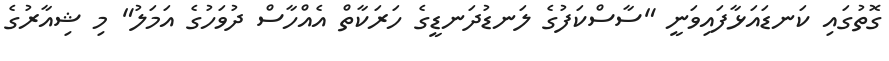
ގޮތުގައި ކަނޑައަޅާފައިވަނީ "ސާސްކަފުގެ ލަނޑުދަނޑީގެ ހަރަކާތް އެއްހާސް ދުވަހުގެ އަމަލު" މި ޝިއާރުގެ